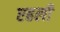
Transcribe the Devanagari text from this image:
एहली